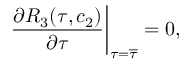
\frac { \partial R _ { 3 } ( \tau , c _ { 2 } ) } { \partial \tau } \biggr | _ { \tau = \overline { { { \tau } } } } = 0 ,